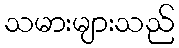
သမားများသည်